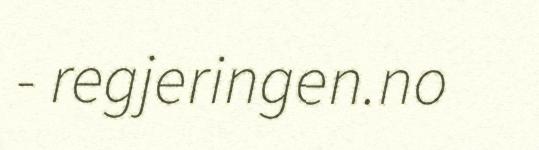
- regjeringen.no